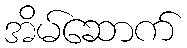
အိမ်ဆောက်